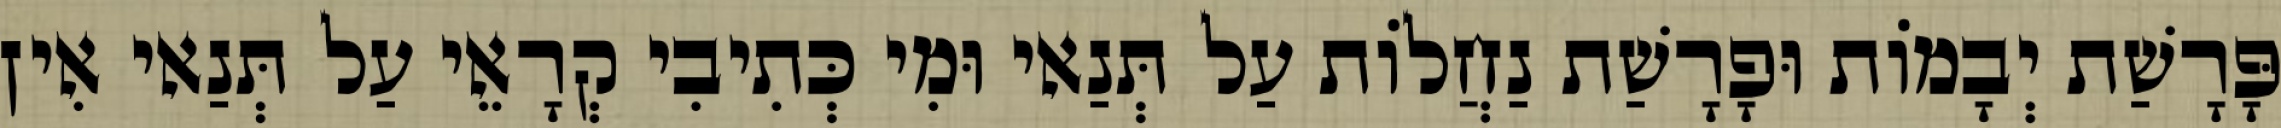
פָּרָשַׁת יְבָמוֹת וּפָרָשַׁת נַחֲלוֹת עַל תְּנַאי וּמִי כְּתִיבִי קְרָאֵי עַל תְּנַאי אִין